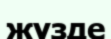
жүзде